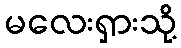
မလေးရှားသို့